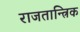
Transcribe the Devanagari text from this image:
राजतान्त्रिक